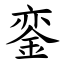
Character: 銮